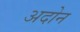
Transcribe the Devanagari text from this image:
अदोन